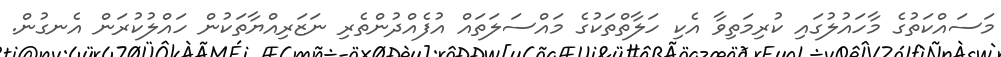
މަސައްކަތުގެ މާހައުލުގައި ކުރިމަތިވާ އެކި ހަލާތްތަކުގެ މައްސަލަތައް އުފެއްދުންތެރި ނަޒަރިއްޔާތަކުން ހައްލުކުރަން އެނގުން.